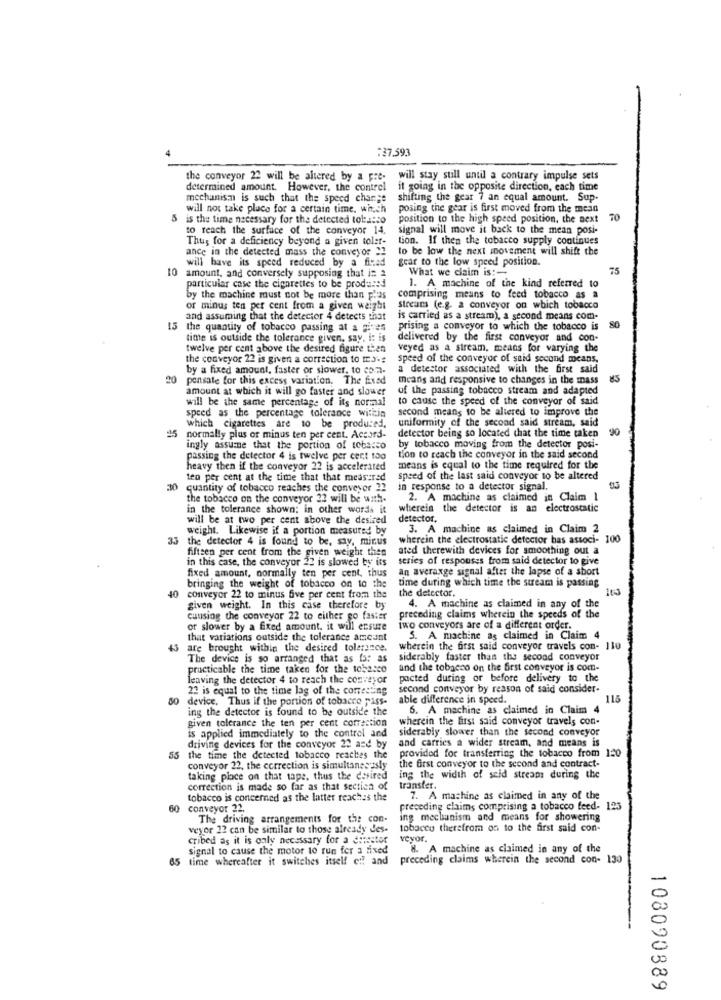
:37.593
the conveyor 22 will be altered by a pre-
will stay still until a contrary impulse sets
determined amount. However, the contrel
it going in the opposite direction, each time
mechanism is such that the speed change
shifting the gear 7 an equal amount. Sup-
will not take place for a certain time, which
posing the gear is first moved from the mean
is the time necessary for the detected tobacco
position to the high speed position, the next
70
to reach the surface of the conveyor 14.
signal will move it back to the mean posi-
Thus for a deficiency beyond a given tolet-
tion. If then the tobacco supply continues
ance in the detected mass the conveyor "?
to be low the next movement will shift the
will have its speed reduced by a fixed
gear to the low speed position.
What we claim is :-
75
10 amount, and conversely supposing that is 2
particular case the cigarettes to be produced
1. A machine of the kind referred to
by the machine must not be more than plus
comprising means to feed tobacco as a
or minus ten per cent from a given weight
streuns (e.g. a conveyor on which tobacco
and assuming that the detector 4 detects that
is carried as a stream), a second means com-
80
15
the quantity of tobacco passing at a gives
prising a conveyor to which the tobacco is
time is outside the tolerance given, say, i: is
delivered by the first conveyor and con-
twelve per cent above the desired figure then
veyed as a stream. means for varying the
the conveyor 22 is given a correction to m3.
speed of the conveyor of said second means,
by a fixed amount, faster or slower, to com-
a detector associated with the first said
20
pensate for this excess variation. The fixed
means and responsive to changes in the mass
85
amount at which it will go faster and slower
of the passing tobacco stream and adapted
will be the same percentage of its normal
to cause the speed of the conveyor of said
second means to be altered to improve the
speed as the percentage tolerance willin
uniformity of the second said stream, said
-45
which cigarettes are to be produced,
90
normally plus or minus ten per cent. Accord-
detector being so located that the time taken
ingly assume that the portion of tobacco
by tobacco moving from the detector posi-
passing the detector 4 is twelve per cent too
tion to reach the conveyor in the said second
heavy then if the conveyor 22 is accelerated
means is equal to the time required for the
ten per cent at the time that that measured
speed of the last said conveyor to be altered
quantity of tobacco reaches the conveyor 12
in response to a detector signal.
the tobacco on the conveyor 22 will be with-
2. A machine as claimed in Claim 1
in the tolerance shown; in other words it
wherein the detector is an electrostatic
will be at two per cent above the desired
detector.
weight. Likewise if a portion measured by
3. A machine as claimed in Claim 2
33
the detector 4 is found to be, say, minus
wherein the electrostatic detector bas associ- 100
fifteen per cent from the given weight then
ated therewith devices for smoothing out a
in this case, the conveyor 22 is slowed by its
series of responses from said detector to give
an averaxge signal after the lapse of a short
fixed amount, normally ten per cent, thus
40
bringing the weight of tobacco on to the
time during which time the stream is passing
the detector.
163
conveyor 22 to minus five per cent from the
given weight. In this case therefore by
4. A machine as claimed in any of the
cuusing the conveyor 22 to either go faster
preceding claims wherein the speeds of the
or slower by a fixed amount. it will ensure
iwo conveyors are of a different order.
that variations outside the tolerance amscant
5. A machine as claimed in Claim 4
45 are brought within the desired tolerance.
wherein the first said conveyor travels con- 110
The device is so arranged that as fs: as
siderably faster than the second conveyor
practicable the time taken for the 1052:00
and the tobacco on the first conveyor is com-
leaving the detector 4 to reach the conveyor
pacted during or before delivery to the
22 is equal to the time lag of the correcting
second conveyor by reason of said consider-
50
device. Thus if the portion of tobacco pass.
able difference in speed.
115
ing the detector is found to be outside the
6. A machine as claimed in Claim 4
given tolerance the ten per cent correction
wherein the first said conveyor travels con-
is applied immediately to the control and
siderably slower than the second conveyor
driving devices for the conveyor 22 and by
and carries a wider stream, and means is
55 the time the detected tobacco reaches the
the first conveyor to the second and contract-
provided for transferring the tobacco from 120
conveyor 22, the correction is simultanesysly
taking place on that tape, thus the desired
ing the width of seid stream during the
correction is made so far as that section of
transfer.
tobacco is concerned as the latter reaches the
7. A machine as claimed in any of the
60
conveyor 22.
preceding claims comprising a tobacco feed- 125
The driving arrangements for the con-
ing mechanism and means for showering
veyor 22 can be similar to those already des-
tobacco therefrom on to the first said con-
cribed as it is only necessary for a doisstor
veyor.
signal to cause the motor to run for a fixed
8. A machine as claimed in any of the
65 time whereafter it switches itself oil and
preceding claims wherein the second con- 130
108090889